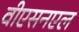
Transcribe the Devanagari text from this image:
वीएसनएल